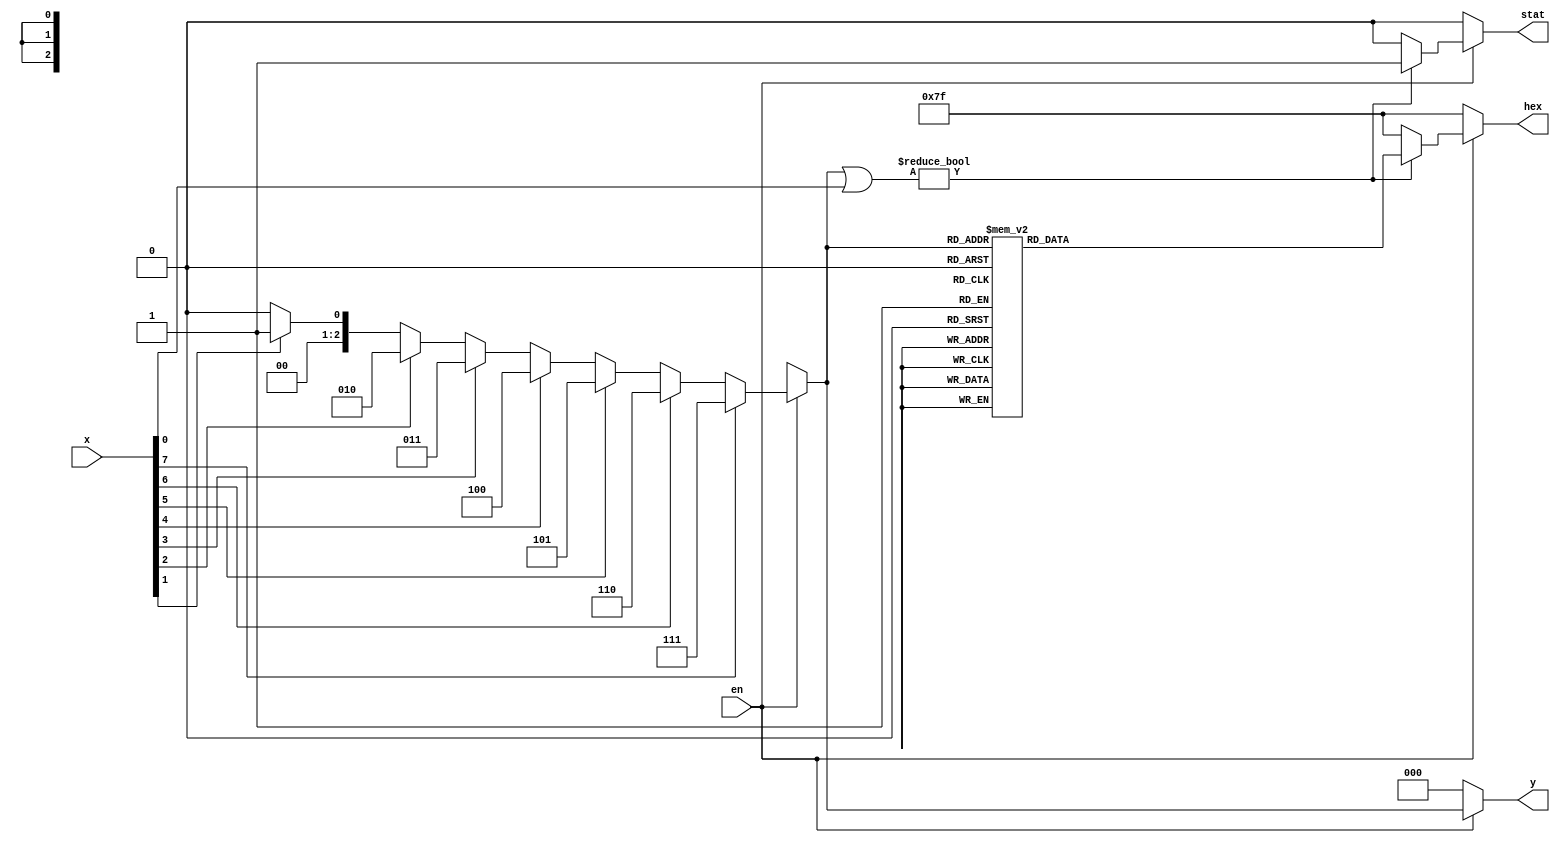
module decode8_3(x,en,y,stat,hex);
	input [7:0] x;
	input en;
	output reg [2:0] y;
	output reg stat;
	output reg [6:0] hex;
	integer i;
	always @(x or en) begin
		if (en) begin
			y=0;
			for (i=0;i<=7;i=i+1)
				if(x[i]==1) y=i;
			
			if (y|x[0]==1) begin
				stat=1;
				case (y)
					3'b000: hex=7'b1000000;
					3'b001: hex=7'b1111001;
					3'b010: hex=7'b0100100;
					3'b011: hex=7'b0110000;
					3'b100: hex=7'b0011001;
					3'b101: hex=7'b0010010;
					3'b110: hex=7'b0000010;
					3'b111: hex=7'b1111000;
				endcase
			end
			else begin
				stat=0;
				hex=7'b1111111;
			end
		end
		
		else begin
			y=0;
			stat=0;
			hex=7'b1111111;
		end
	end
endmodule